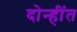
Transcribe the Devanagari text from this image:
दोन्हींत